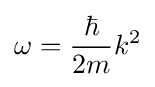
\omega ={\frac {\hbar }{2m}}k^{2}